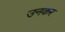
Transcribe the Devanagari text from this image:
उनकर